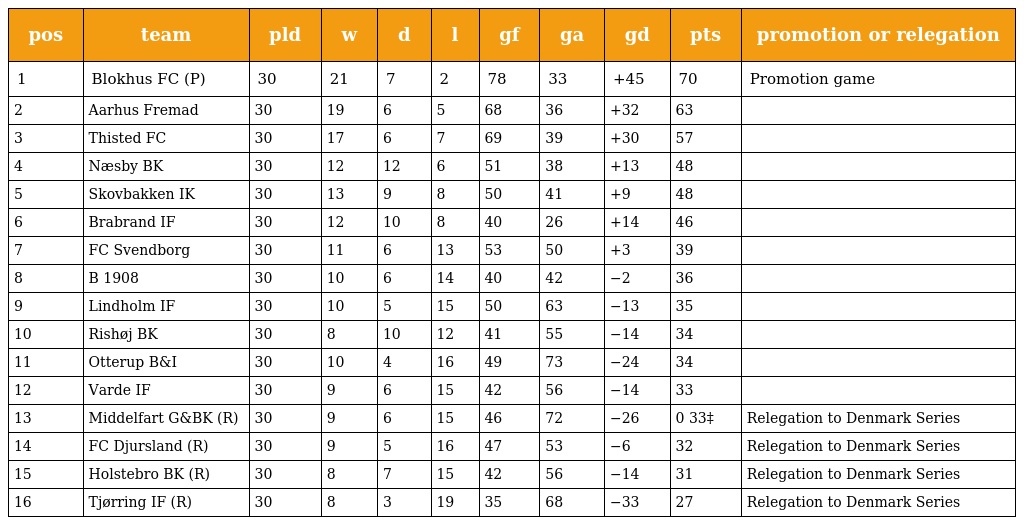
| pos | team | pld | w | d | l | gf | ga | gd | pts | promotion or relegation |
 | --- | --- | --- | --- | --- | --- | --- | --- | --- | --- | --- |
 | 1 | Blokhus FC (P) | 30 | 21 | 7 | 2 | 78 | 33 | +45 | 70 | Promotion game |
 | 2 | Aarhus Fremad | 30 | 19 | 6 | 5 | 68 | 36 | +32 | 63 |  |
 | 3 | Thisted FC | 30 | 17 | 6 | 7 | 69 | 39 | +30 | 57 |  |
 | 4 | Næsby BK | 30 | 12 | 12 | 6 | 51 | 38 | +13 | 48 |  |
 | 5 | Skovbakken IK | 30 | 13 | 9 | 8 | 50 | 41 | +9 | 48 |  |
 | 6 | Brabrand IF | 30 | 12 | 10 | 8 | 40 | 26 | +14 | 46 |  |
 | 7 | FC Svendborg | 30 | 11 | 6 | 13 | 53 | 50 | +3 | 39 |  |
 | 8 | B 1908 | 30 | 10 | 6 | 14 | 40 | 42 | −2 | 36 |  |
 | 9 | Lindholm IF | 30 | 10 | 5 | 15 | 50 | 63 | −13 | 35 |  |
 | 10 | Rishøj BK | 30 | 8 | 10 | 12 | 41 | 55 | −14 | 34 |  |
 | 11 | Otterup B&I | 30 | 10 | 4 | 16 | 49 | 73 | −24 | 34 |  |
 | 12 | Varde IF | 30 | 9 | 6 | 15 | 42 | 56 | −14 | 33 |  |
 | 13 | Middelfart G&BK (R) | 30 | 9 | 6 | 15 | 46 | 72 | −26 | 0 33‡ | Relegation to Denmark Series |
 | 14 | FC Djursland (R) | 30 | 9 | 5 | 16 | 47 | 53 | −6 | 32 | Relegation to Denmark Series |
 | 15 | Holstebro BK (R) | 30 | 8 | 7 | 15 | 42 | 56 | −14 | 31 | Relegation to Denmark Series |
 | 16 | Tjørring IF (R) | 30 | 8 | 3 | 19 | 35 | 68 | −33 | 27 | Relegation to Denmark Series |